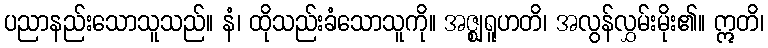
ပညာနည်းသောသူသည်။ နံ၊ ထိုသည်းခံသောသူကို။ အဇ္ဈရူဟတိ၊ အလွန်လွှမ်းမိုး၏။ ဣတိ၊